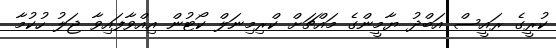
ކުރީގެ ރައީސް އަބްދު ޔާމީންގެ މައްޗަށް ކްރިމިނަލް ކޯޓުން އިއްވާފައިވާ ޖަލު ހުކުމާ